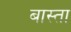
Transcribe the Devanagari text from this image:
बास्ता